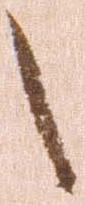
之